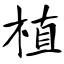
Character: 植